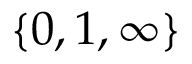
\{ 0 , 1 , \infty \}